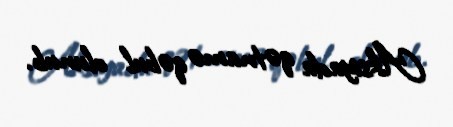
Aksiyada qətnamə qəbul olunub.